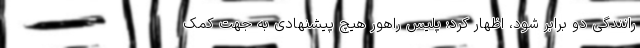
رانندگی دو برابر شود، اظهار کرد: پلیس راهور هیچ پیشنهادی به جهت کمک